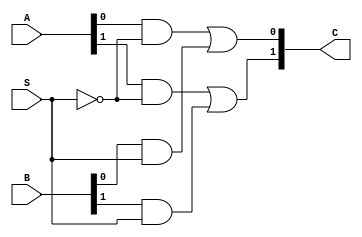
`timescale 1ns / 1ps
    
module mux_dataflow(
    A,
    B,
    C,
    S);
    
    input wire[1:0]A;
    input wire[1:0]B;
    input wire[0:0]S;
    output wire[1:0]C;
   // assign #3 C = S ? A : B;
    assign #3 C[0] = (A[0] & ~S) | (B[0] & S);
    assign #3 C[1] = (A[1] & ~S) | (B[1] & S);
    
endmodule